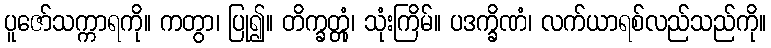
ပူဇော်သက္ကာရကို။ ကတွာ၊ ပြု၍။ တိက္ခတ္တုံ၊ သုံးကြိမ်။ ပဒက္ခိဏံ၊ လက်ယာရစ်လည်သည်ကို။